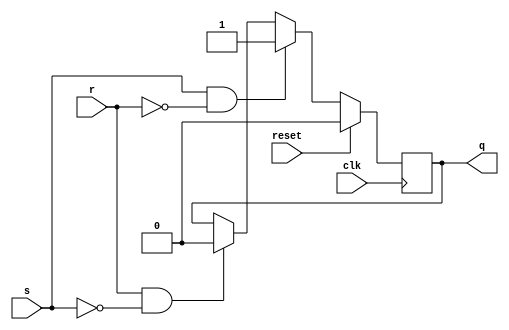
`timescale 1ns / 1ps
module rslatch(
input s,
input r,
input clk,
input reset,
output reg q
    );

always@(posedge clk)
begin
if(reset==1)
    q=0;
else
begin    
if(s==1 && r==0)
    q=1;
else if(r==1 && s==0)
    q=0;    
else
    q=q;
end
end
endmodule